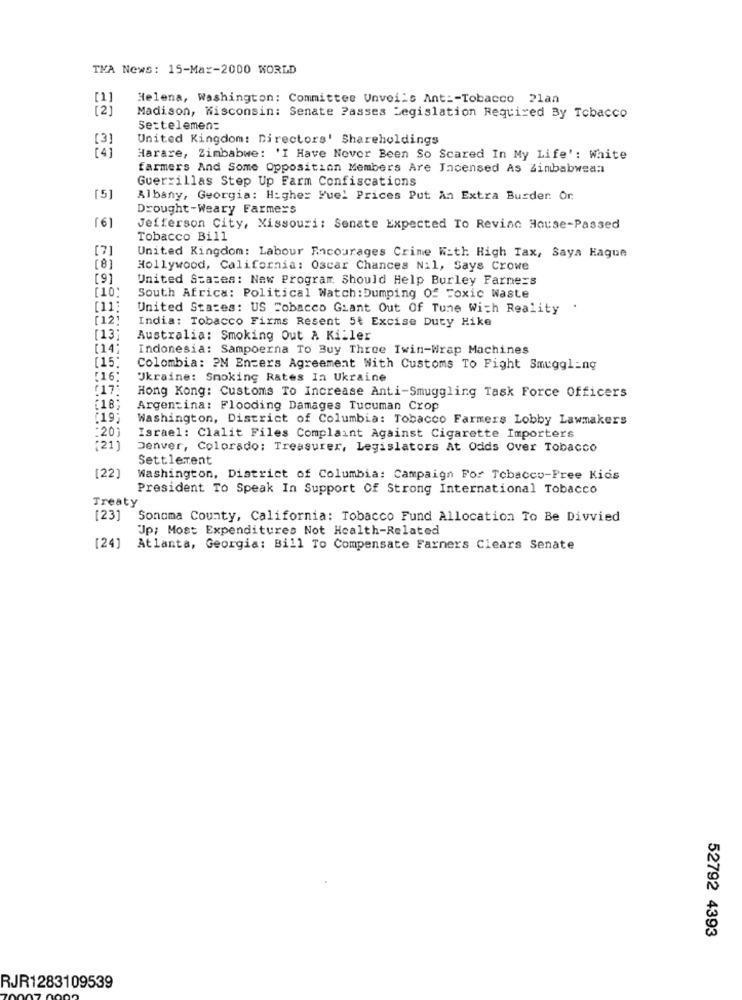
TMA News: 15-Mar-2000 WORLD
Helena, Washington: Committee Unveils Ant :- Tobacco 21an
[ 2 ]
Madison, Wisconsin: Senate Passes Legislation Required By Tobacco
Settelemen:
United Kingdom: Directors' Shareholdings
Harare, Zimbabwe: 'I Have Never Been So Scared In My Life': White
farmers And Some Opposition Members Are Incensed As Zimbabwea:
Guerrillas Step Up Farm Confiscations
[5]
Albany, Georgia: Higher Fuel Prices Put An Extra Busder. Or
Drought-Weary Farmers
[6]
Jefferson City, Missouri: Senate Expected To Revinc House-Passed
Tobacco Bill
[7]
United Kingdom: Labour Encourages Crime With High Tax, Saya Hague
[8]
Hollywood, California: Oscar Chances Nil, Says Crowe
[9]
United States: New Program Should Help Burley Farners
[10)
South Africa: Political Watch:Dumping Of Toxic Waste
[11]
United States: US Tobacco Giant Out Of Tune With Reality
[12]
India: Tobacco Firms Resent 5t Excise Duty Hike
[13;
Australia: Smoking Out & Killer
[14;
Indonesia: Sampoerna To Buy Three Iwin-Wrap Machines
[15;
Colombia: 2M Enzers Agreement With Customs To Fight Smuggling
[16;
Ukraine: Smoking Rates In Ukraine
[17]
Hong Kong: Customs To Increase Anti-Smuggling Task Force Officers
[18;
Argentina: Flooding Damages Tucuman Crop
(19;
Washington, District of Columbia: Tobacco Farmers Lobby Lawmakers
:20)
Israel: Clalit Files Complaint Against Cigarette Importers
(21]
Denver, Colorado: Treasurer, Legislators At Odds Over Tobacco
Settlement
[22]
Washington, District of Columbia: Campaign For Tobacco-Free Kids
President To Speak In Support Of Strong International Tobacco
Treaty
[23] Sonoma County, California: Tobacco Fund Allocation To Be Divvied
Up; Most Expenditures Not Health-Related
[24] Atlanta, Georgia: Bill To Compensate Farners Clears Senate
52792 4393
RJR1283109539